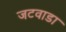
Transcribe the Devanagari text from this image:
जटवाडा